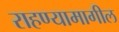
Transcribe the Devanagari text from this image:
राहण्यामागील